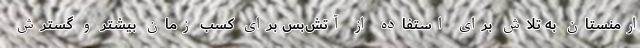
ارمنستان به تلاش برای استفاده از آتش‌بس برای کسب زمان بیشتر و گسترش